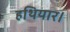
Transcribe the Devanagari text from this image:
हथियार।